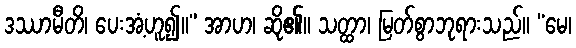
ဒဿာမီတိ၊ ပေးအံ့ဟူ၍။” အာဟ၊ ဆို၏။ သတ္ထာ၊ မြတ်စွာဘုရားသည်။ “မေ၊